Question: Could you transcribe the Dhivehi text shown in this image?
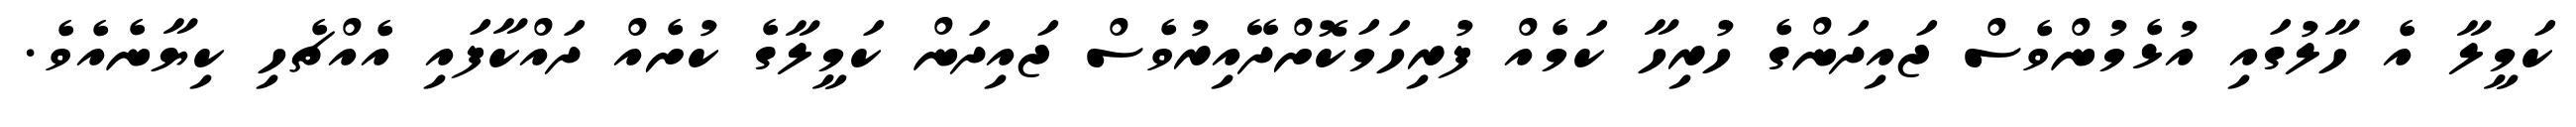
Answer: ކަމީލާ އެ ހާލުގައި އުޅެމުންވެސް ޖައިދަންގެ ހުރިހާ ކަމެއް ފުރިހަމަކޮށްދޭއިރުވެސް ޖައިދަން ކަމީލާގެ ކުށެއް ދައްކާފައި އެއްޗެހި ކިޔާނެއެވެ.